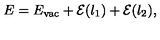
E = E _ { \mathrm { v a c } } + { \cal E } ( \l _ { 1 } ) + { \cal E } ( \l _ { 2 } ) ,